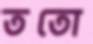
ততো